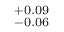
^ { + 0 . 0 9 } _ { - 0 . 0 6 }